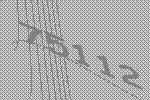
75112